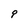
Character: q